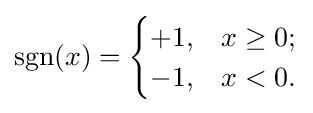
\operatorname {sgn}(x)={\begin{cases}+1,&x\geq 0;\\-1,&x<0.\end{cases}}